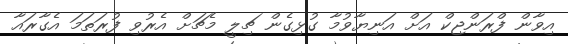
އިވާން ފްރަންޖިކް އަށް އަނިޔާވުމާ ގުޅިގެން ޗިލީ މެޗަށް އެރުވި ފުރަތަމަ އެގާރައާ